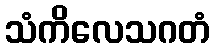
သံကိလေသဂတံ